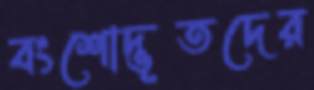
বংশোদ্ভূতদের